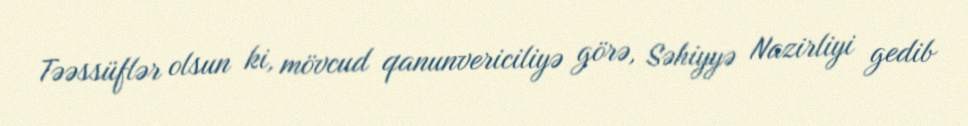
Təəssüflər olsun ki, mövcud qanunvericiliyə görə, Səhiyyə Nazirliyi gedib